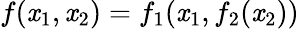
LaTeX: f(\mathit{x}_{1},\mathit{x}_{2})=f_{1}(\mathit{x}_{1},f_{2}(\mathit{x}_{2}))